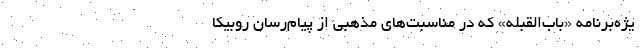
یژه‌برنامه «باب‌القبله» که در مناسبت‌های مذهبی از پیام‌رسان روبیکا